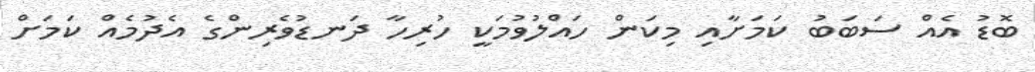
ބޮޑު އެއް ސަބަބު ކަމަށާއި މިކަން ހައްލުވުމަކީ ހުރިހާ ދަނޑުވެރިންގެ އެދުމެއް ކަމަށް